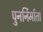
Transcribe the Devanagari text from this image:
पुनर्निर्माता